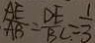
\frac { A E } { A B } : \frac { D E } { B C } = \frac { 1 } { 3 }